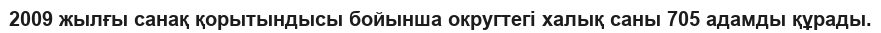
2009 жылғы санақ қорытындысы бойынша округтегі халық саны 705 адамды құрады.